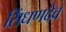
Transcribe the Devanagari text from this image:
सिंधणदेव